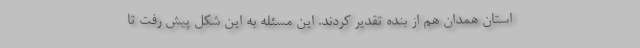
استان همدان هم از بنده تقدیر کردند. این مسئله به این شکل پیش رفت تا